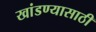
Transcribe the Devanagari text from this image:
खांडण्यासाठी